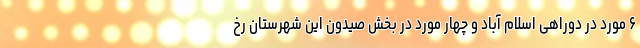
۶ مورد در دوراهی اسلام آباد و چهار مورد در بخش صیدون این شهرستان رخ